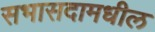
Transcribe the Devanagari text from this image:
सभासदामधील